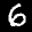
Label: 6